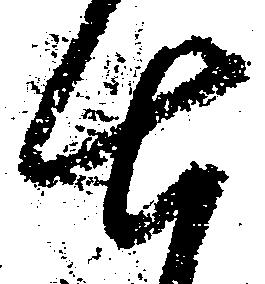
七